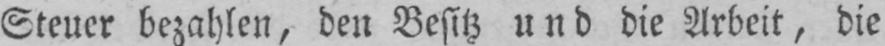
Steuer bezahlen, den Besitz und die Arbeit, die